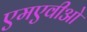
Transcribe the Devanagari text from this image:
एमएवीओ